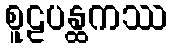
စူဠပန္ထကဿ